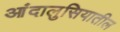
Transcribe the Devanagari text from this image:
आंदालुसियातील